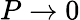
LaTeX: P\rightarrow 0